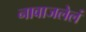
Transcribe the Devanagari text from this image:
नावाजलेलं